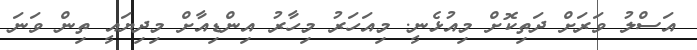
އަސްލު ވަރަށް ދަތިކޮށް މިއުޅެނީ. މިއަހަރު މިހާރު އިންޑިއާށް މިދިޔައީ ތިން ވަނަ